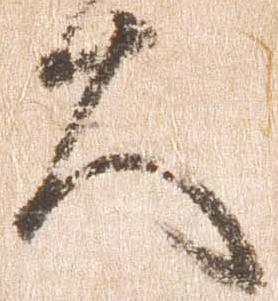
大